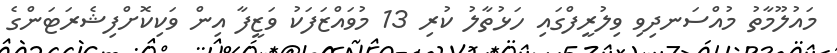
މައުލޫމާތު މުއްސަނދިވި ވިލުރީފްގައި ހަޅުތާލު ކުރި 13 މުވައްޒަފަކު ވަޒީފާ އިން ވަކިކޮށްފިޝެރަޓަންގެ